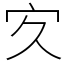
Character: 㝌